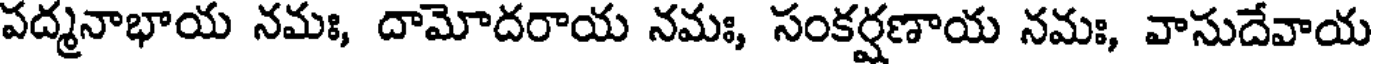
పద్మనాభాయ నమః, దామోదరాయ నమః, సంకర్షణాయ నమః, వాసుదేవాయ